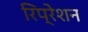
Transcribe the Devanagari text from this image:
रिप्रेशन